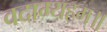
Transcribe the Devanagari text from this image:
वदाम्यहम्॥